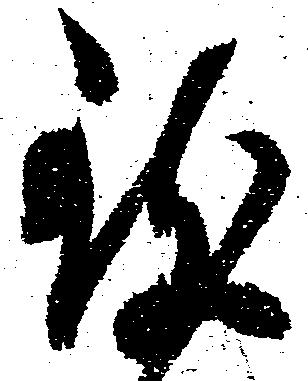
致